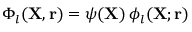
\Phi _ { l } ( { \mathbf { X } } , { \mathbf { r } } ) = \psi ( { \mathbf { X } } ) \, \phi _ { l } ( { \mathbf { X } } ; { \mathbf { r } } )